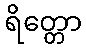
ရိတ္တော